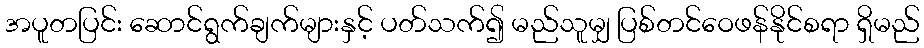
အပူတပြင်း ဆောင်ရွက်ချက်များနှင့် ပတ်သက်၍ မည်သူမျှ ပြစ်တင်ဝေဖန်နိုင်စရာ ရှိမည်